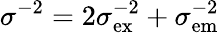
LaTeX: \sigma^{-2}=2\sigma_{\mathrm{ex}}^{-2}+\sigma_{\mathrm{em}}^{-2}